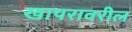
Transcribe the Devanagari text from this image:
खापरावरील